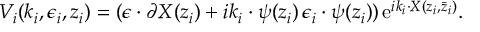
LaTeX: V _ { i } ( k _ { i } , \epsilon _ { i } , z _ { i } ) = ( \epsilon \cdot \partial X ( z _ { i } ) + i k _ { i } \cdot \psi ( z _ { i } ) \, \epsilon _ { i } \cdot \psi ( z _ { i } ) ) \, \mathrm { e } ^ { i k _ { i } \cdot X ( z _ { i } , \bar { z } _ { i } ) } .